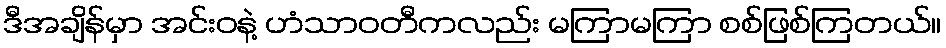
ဒီအချိန်မှာ အင်းဝနဲ့ ဟံသာဝတီကလည်း မကြာမကြာ စစ်ဖြစ်ကြတယ်။